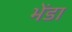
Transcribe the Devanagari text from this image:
भेंडा